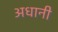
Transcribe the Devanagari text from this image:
अधानी